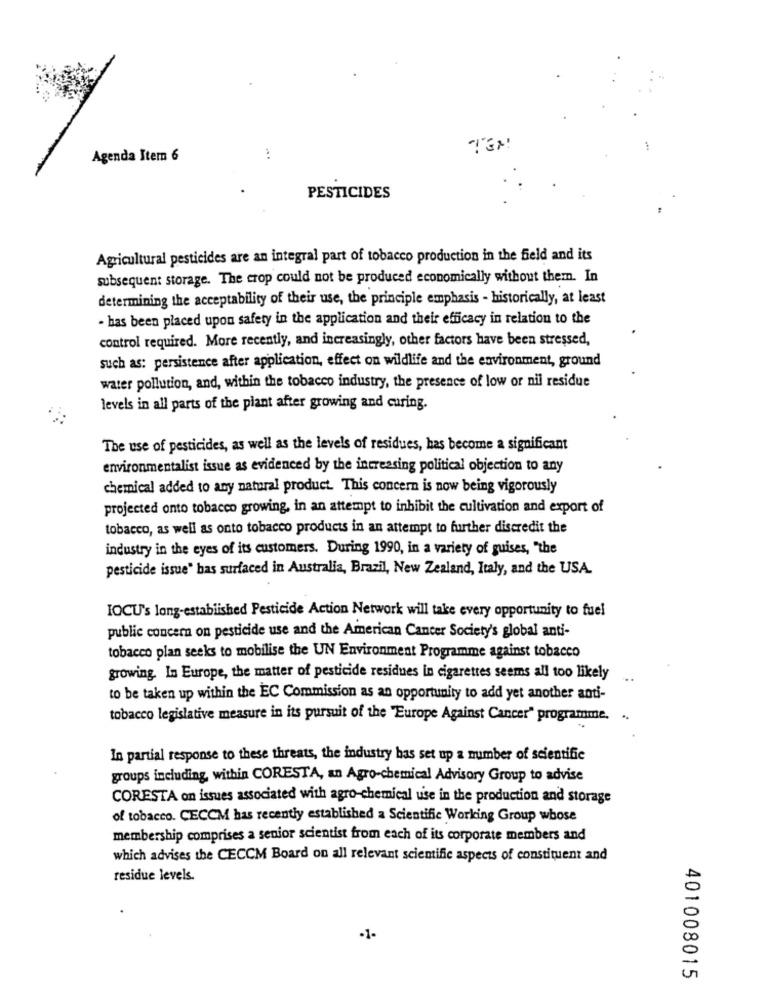
TEM!
Agenda Item 6
PESTICIDES
Agricultural pesticides are an integral part of tobacco production in the field and its
subsequent storage. The crop could not be produced economically without them. In
determining the acceptability of their use, the principle emphasis - historically, at least
- has been placed upon safety in the application and their efficacy in relation to the
control required. More recently, and increasingly, other factors have been stressed,
such as: persistence after application, effect on wildlife and the environment, ground
water pollution, and, within the tobacco industry, the presence of low or nil residue
levels in all parts of the plant after growing and caring.
The use of pesticides, as well as the levels of residues, has become a significant
environmentalist issue as evidenced by the increasing political objection to any
chemical added to any natural product. This concern is now being vigorously
projected onto tobacco growing, in an attempt to inhibit the cultivation and export of
tobacco, as well as onto tobacco products in an attempt to further discredit the
industry in the eyes of its customers. During 1990, in a variety of guises, "the
pesticide issue" has surfaced in Australia, Brazil, New Zealand, Italy, and the USA.
IOCU's long-established Pesticide Action Network will take every opportunity to fuel
public concern on pesticide use and the American Cancer Society's global anti-
tobacco plan seeks to mobilise the UN Environment Programme against tobacco
growing. In Europe, the matter of pesticide residues in cigarettes seems all too likely
to be taken up within the EC Commission as an opportunity to add yet another anti-
tobacco legislative measure in its pursuit of the "Europe Against Cancer" programme.
In partial response to these threats, the industry has set up a number of scientific
groups including, within CORESTA, an Agro-chemical Advisory Group to advise
CORESTA on issues associated with agro-chemical use in the production and storage
of tobacco. CECCM has recently established a Scientific Working Group whose
membership comprises a senior scientist from each of its corporate members and
which advises the CECCM Board on all relevant scientific aspects of constituent and
residue levels.
-1-
401008015